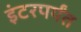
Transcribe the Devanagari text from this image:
इंटरपर्यंत